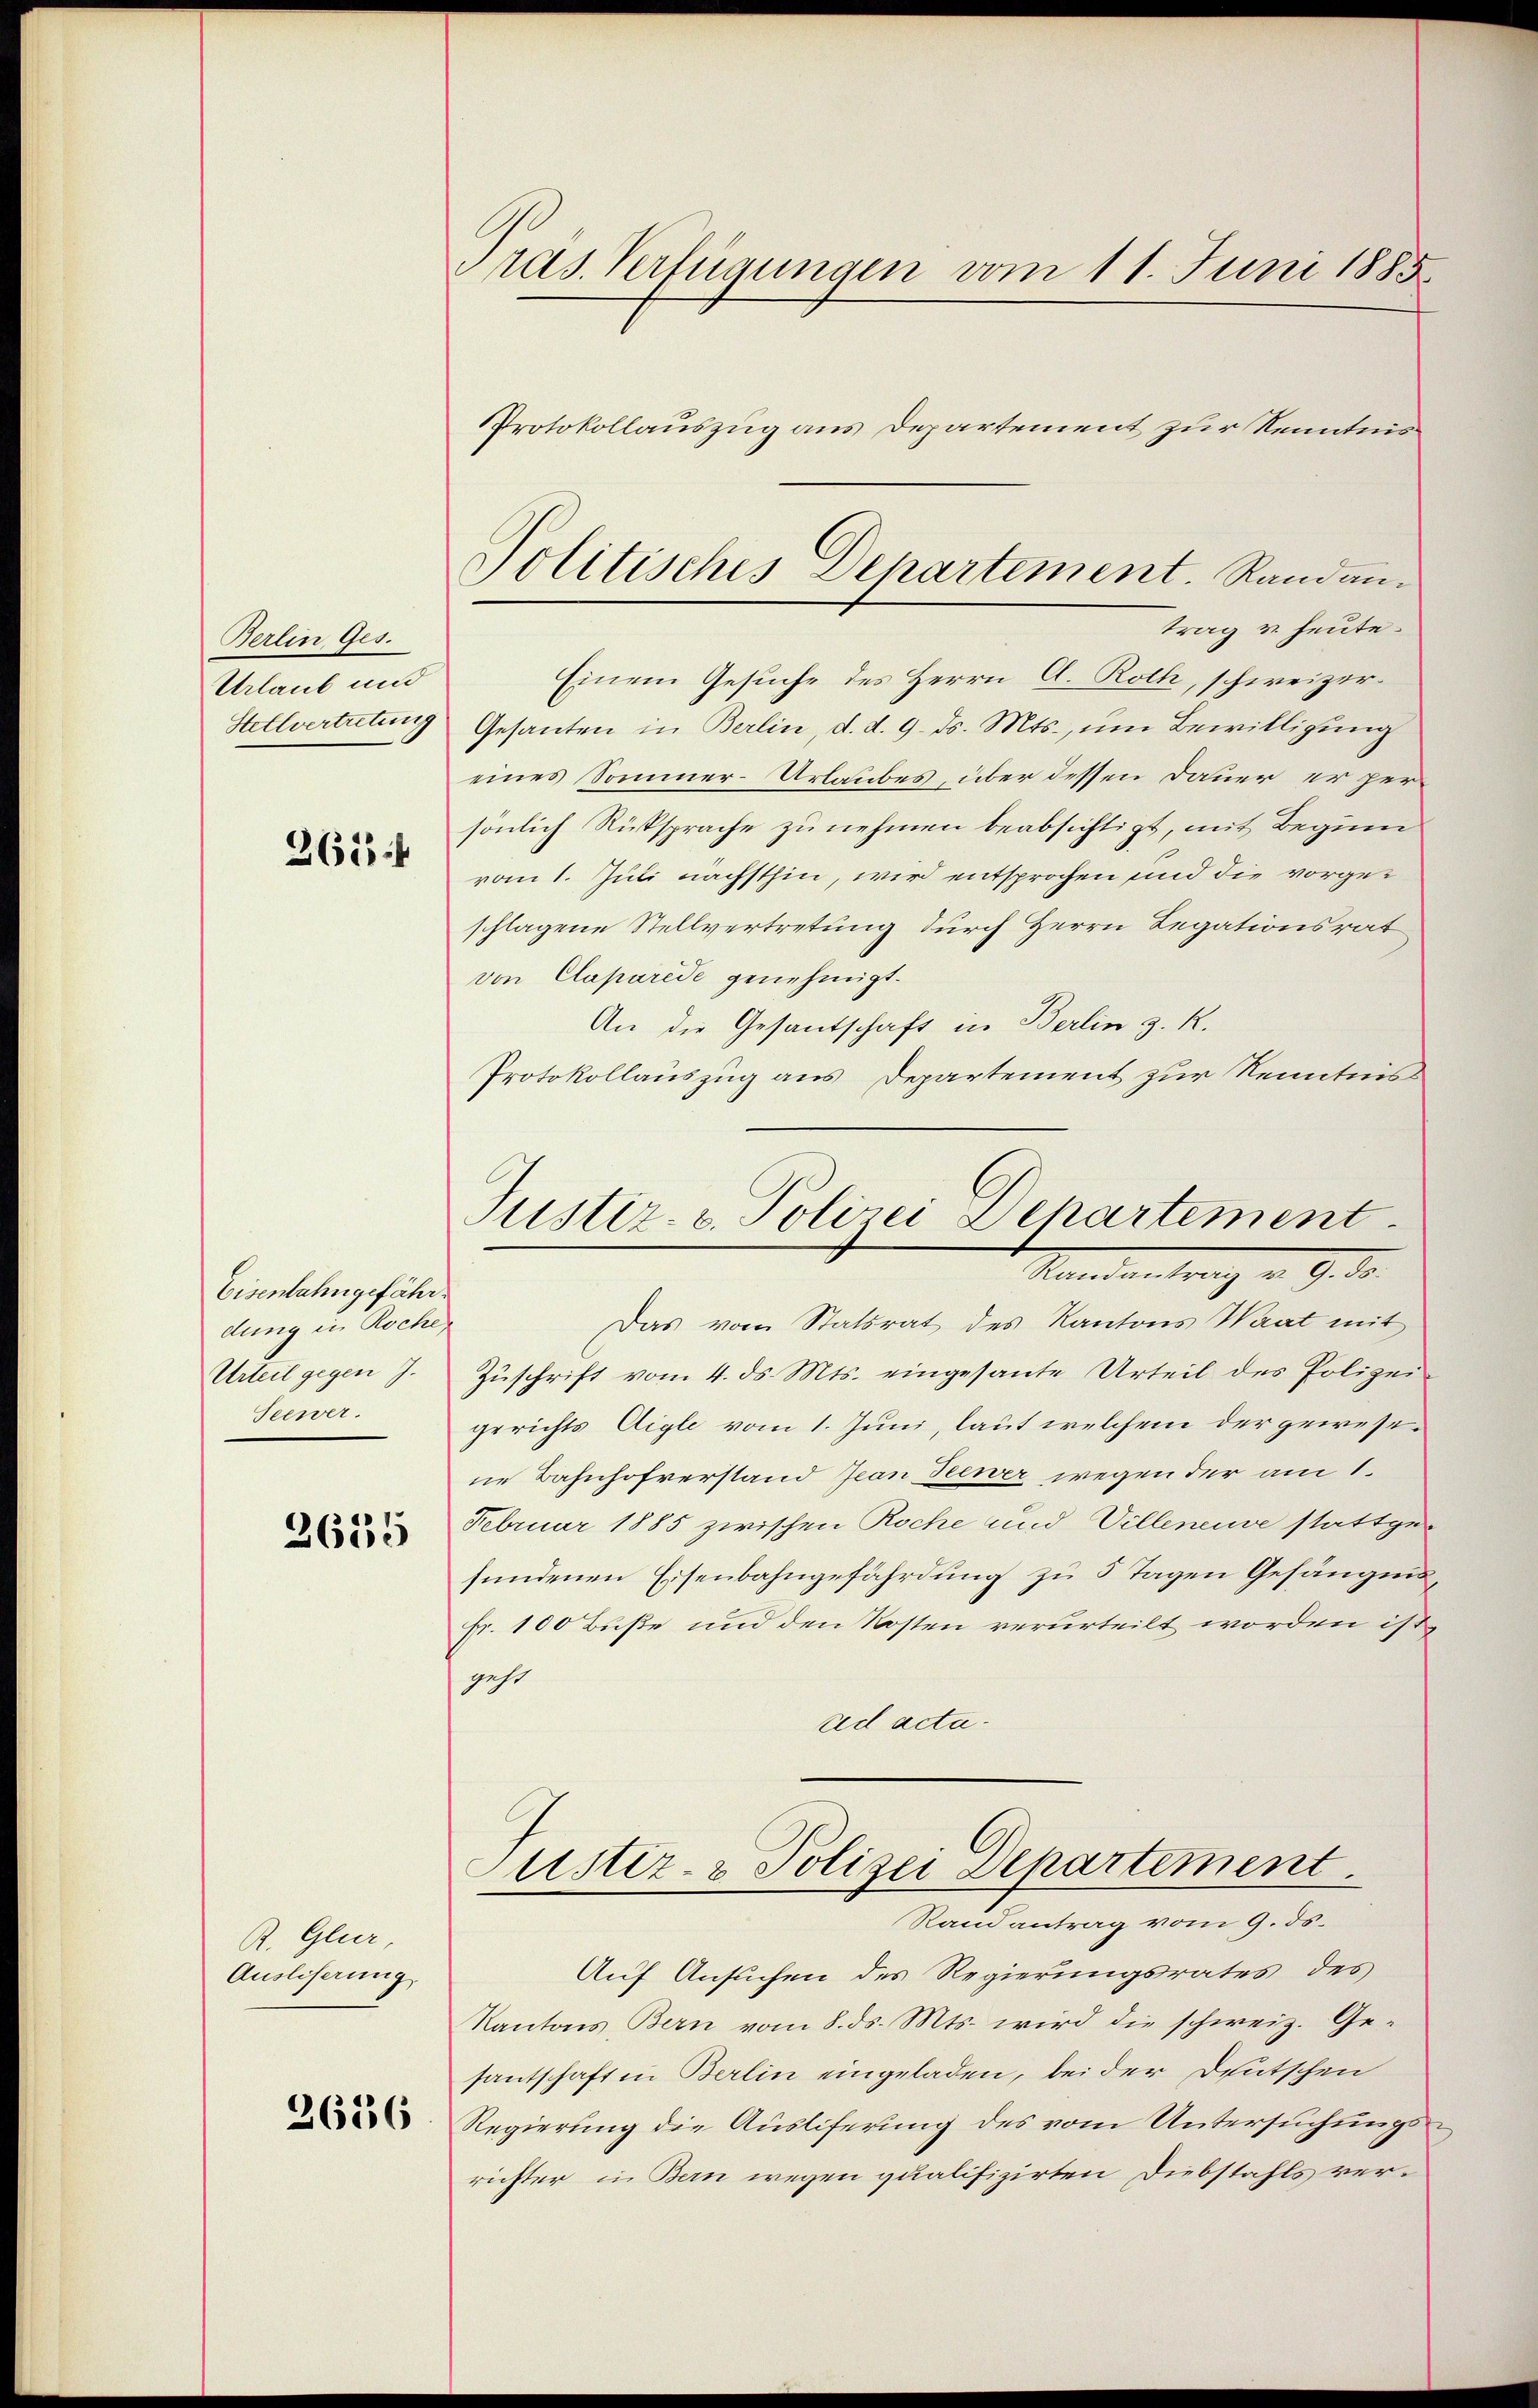
Berlin Ges.
Urlaub und
Stellvertretung
261 f

Eisenbahngefährdung in Roche
Urteil gegen J.
Seewer.

2635

R. Glur,
Ausliserung

2636

Pras. Verfügungen vom 11. Juni 1885.
Protokollauszug aus Departement zur Kenntnis

Politisches Departement. Randantrag u. heute.

Einem Gesuche des Herrn A. Roth, schweizer¬
Gesanten in Berlin, d. d. 9. ds. Mts., um Bewilligung
eines Sommer-Urlaubes, über dessen Dauer er persönlich Rücksprache zu nehmen beabsichtigt, mit Beginn
vom 1. Juli nächsthin, wird entsprochen und die vorgeschlagene Stellvertretung durch Herrn Legationsrat
von Claparede genehmigt.
An die Gesandschaft in Berlin z. R.
Protokollauszug aus Departement zur Kenntnis
Justiz- u. Polizei-Departement.
Standentrag v. 9. d.
Das vom Statsrat des Kantons Waat mit
Zŭschrift vom 4. ds. Mts. eingesante Urteil des Polizei
gerichts Aigle vom 1. Juni, laut welchem der gewesene Bahnhofverstand Jean Seewer wegen der am 1.
Februar 1885 zwischen Roche und Villeneuve stattgesundenen Eisenbahngefährdung zu 5 Tagen Gefängnis,
Fr. 100 Buße und den Kosten verurteilt worden ihr
geht
ad acta¬

ustiz- & Polizei Departement

Randantrag vom 9. ds.
Auf Ansuchen des Regierungsrates des
Kantons Bern vom 8. ds. Mts. wird die schweiz. Gesantschaft in Berlin eingeladen, bei der Deutschen
Regierung die Ausliferung des vom Untersuchungsrichter in Bern wegen qualifizirten Diebstahls ver¬